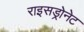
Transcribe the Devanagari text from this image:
राइसड्रोनेट